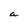
Character: a